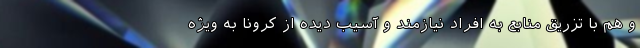
و هم با تزریق منابع به افراد نیازمند و آسیب دیده از کرونا به ویژه